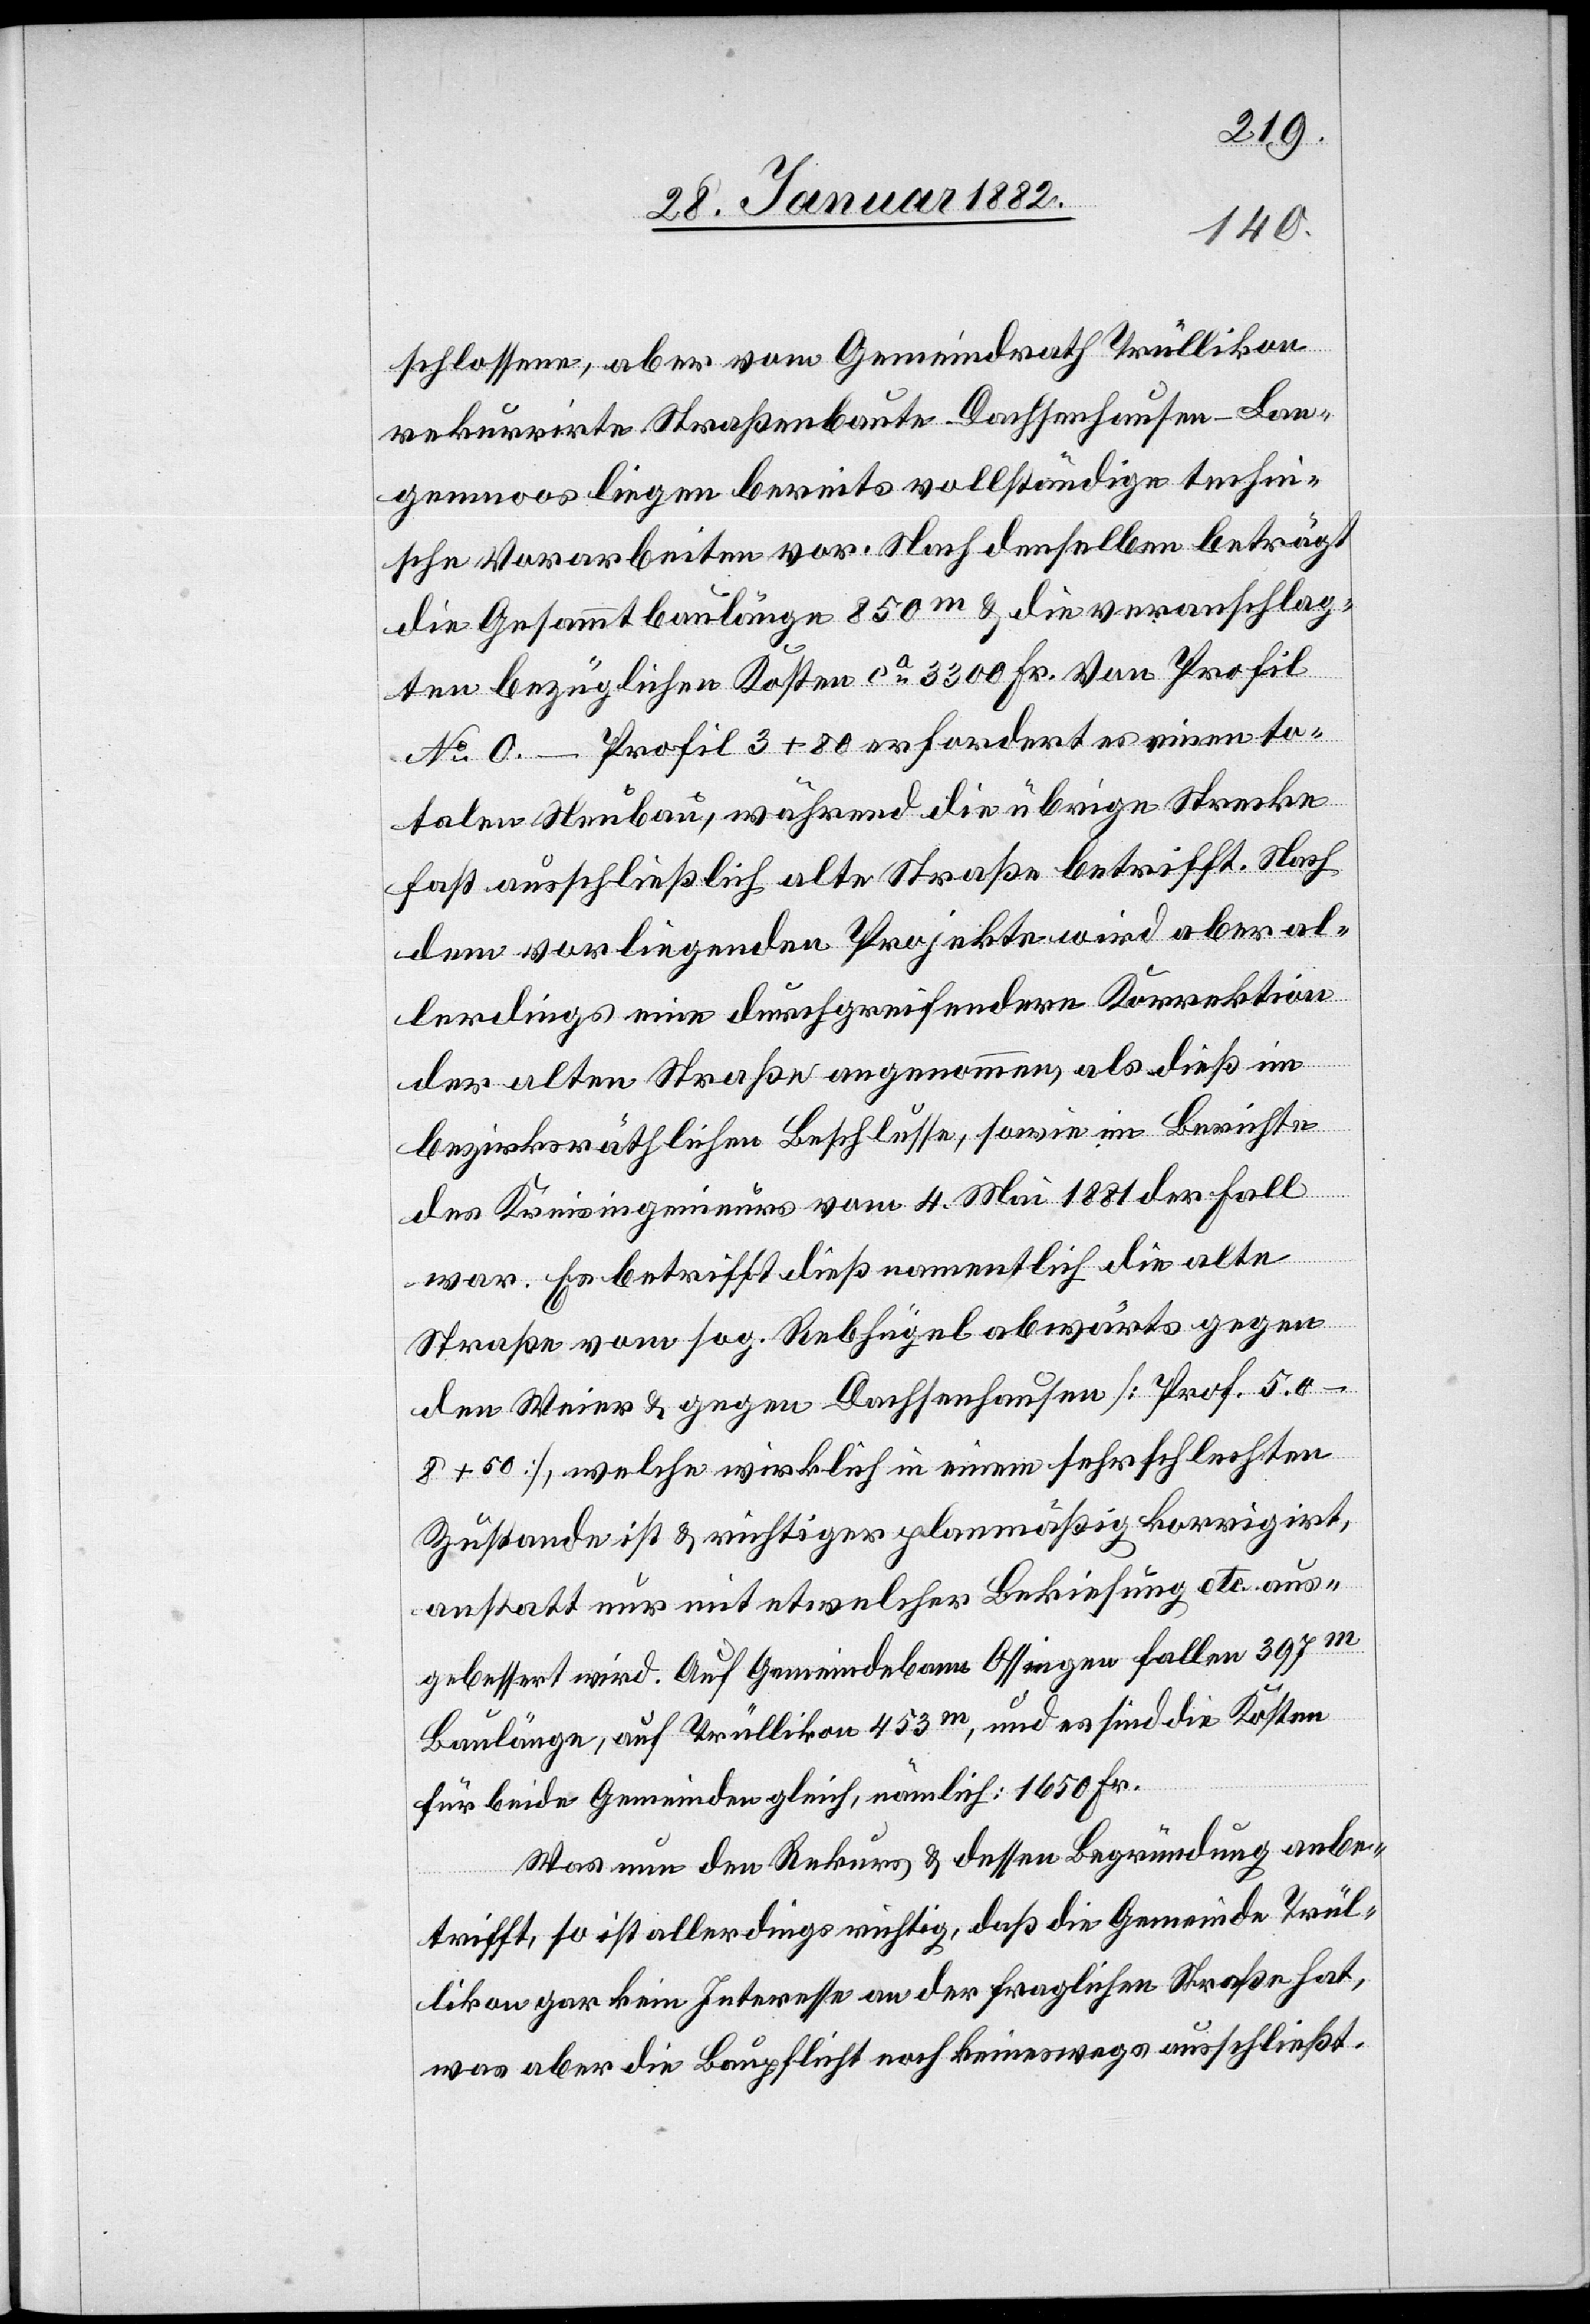
schlossene, aber vom Gemeindrath Trüllikon
rekurrirte Straßenbaute Dachsenhausen–Lan¬
genmoos liegen bereits vollständig techn¬
ische Vorarbeiten vor. Nach denselben beträgt
die Gesammtbaulänge 850m & die veranschlag¬
ten bezüglichen Kosten ca 3300 Fr. Von Profil
No 0.–Profil 3 + 80 erfordert es einen to¬
talen Neubau, während die übrige Strecke
fast ausschließlich alte Straße betrifft. Nach
dem vorliegenden Projekte wird aber al¬
lerdings eine durchgreifendere Korrektion
der alten Straße angenommen, als dieß im
bezirksräthlichen Beschlusse, sowie im Berichte
des Kreisingenieurs vom 4. Mai 1881 der Fall
war. Es betrifft dieß namentlich die alte
Straße vom sog. Rebhügel abwärts gegen
den Weier & gegen Dachsenhausen [Prof. 5. 0
8 + 50], welche wirklich in einem sehr schlechten
Zustand ist & richtiger planmäßig korrigiert,
anstatt nur mit etwelcher Bekiesung etc. aus¬
gebessert wird. Auf Gemeindebann Ossingen fallen 397m
Baulänge, auf Trüllikon 453m, und es sind die Kosten
für beide Gemeinden gleich, nämlich: 1650 Fr.
Was nun den Rekurs & dessen Begründung anbe¬
trifft, so ist allerdings richtig, daß die Gemeinde Trül¬
likon gar kein Interesse an der fraglichen Straße hat,
was aber die Baupflicht noch keineswegs ausschließt.